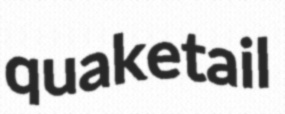
quaketail